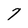
Character: 7